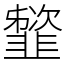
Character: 䪡